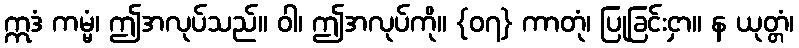
ဣဒံ ကမ္မံ၊ ဤအလုပ်သည်။ ဝါ၊ ဤအလုပ်ကို။ {၀၇} ကာတုံ၊ ပြုခြင်းငှာ။ န ယုတ္တံ၊